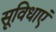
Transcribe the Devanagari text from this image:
सूविधाएं